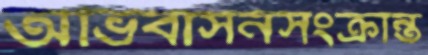
অভিবাসনসংক্রান্ত